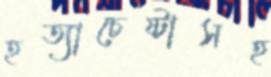
হত্যাচেষ্টাসহ